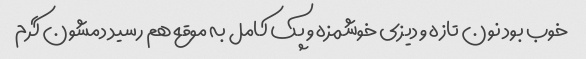
خوب بود نون تازه و دیزی خوشمزه و پک کامل به موقع هم رسید دمشون گرم